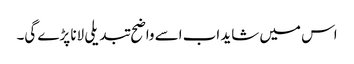
اس میں شاید اب اسے واضح تبدیلی لانا پڑے گی۔